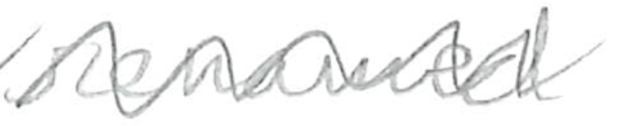
Text: renamed
Cross-out: zig-zag
Writing tool: pencil